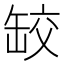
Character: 䍊